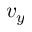
v _ { y }